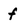
Character: f